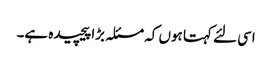
اسی لئے کہتا ہوں کہ مسئلہ بڑا پیچیده ہے۔